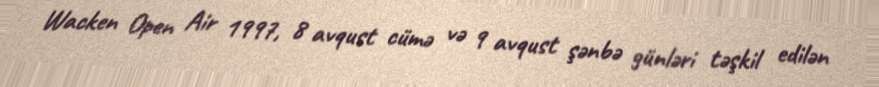
Wacken Open Air 1997, 8 avqust cümə və 9 avqust şənbə günləri təşkil edilən